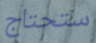
ستحتاج